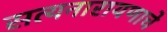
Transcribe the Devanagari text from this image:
सत्यनारायणाचे